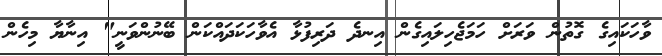
ވާހަކައިގެ ގޮތުން ވަރަށް ހަމަޖެހިލައިގެން އިނދެ ދަރިފުޅާ އެވާހަކަދައްކަން ބޭނުންވަނީ" އިނާޔާ މިހެން